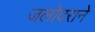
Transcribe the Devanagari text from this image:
जलोदराने